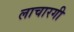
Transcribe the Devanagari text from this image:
लाचारगी